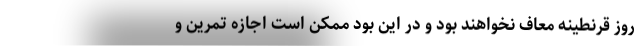
روز قرنطینه معاف نخواهند بود و در این بود ممکن است اجازه تمرین و